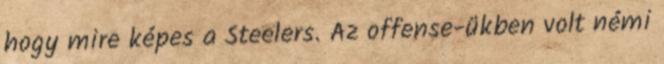
hogy mire képes a Steelers. Az offense-ükben volt némi